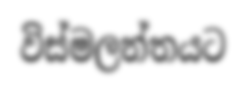
විස්මලන්තයට